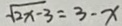
\sqrt { 2 x - 3 } = 3 - x